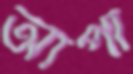
আপা